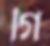
গি